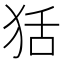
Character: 狧